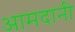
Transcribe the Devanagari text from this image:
आमदानी